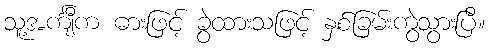
သူ့အင်္ကျီက ဓားဖြင့် ခွဲထားသဖြင့် နှစ်ခြမ်းကွဲသွားပြီ။